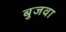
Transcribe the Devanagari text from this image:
बुजवा